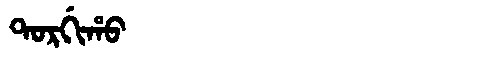
Manchu: ᡨᠣᡵᡤᡳᡥᠣ
Romanization: TORGIHO